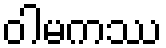
ဝါမကဿ